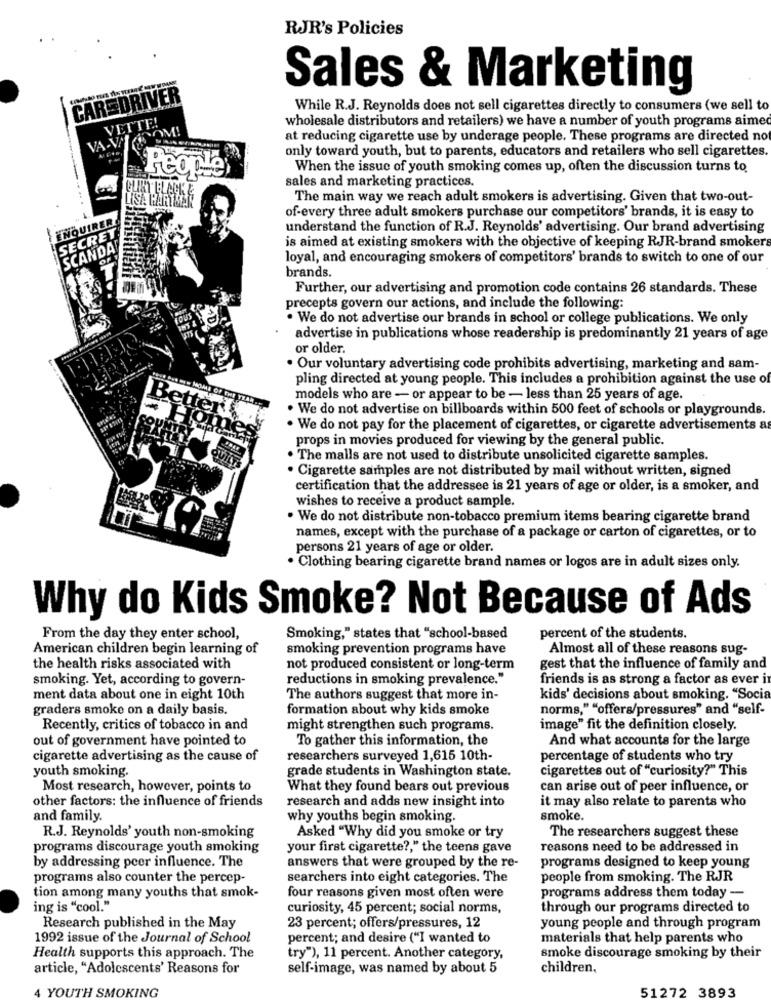
RJR's Policies
Sales & Marketing
CAREDRIVER
While R.J. Reynolds does not sell cigarettes directly to consumers (we sell to
VETTE!
wholesale distributors and retailers) we have a number of youth programs aime
VA-VI
WIASOM!
at reducing cigarette use by underage people. These programs are directed not
only toward youth, but to parents, educators and retailers who sell cigarettes.
People
-
When the issue of youth smoking comes up, often the discussion turns to
sales and marketing practices.
The main way we reach adult smokers is advertising. Given that two-out-
of-every three adult smokers purchase our competitors' brands, it is easy to
ENQUIRER
SECRET
understand the function of R.J. Reynolds' advertising. Our brand advertising
SCANDA
is aimed at existing smokers with the objective of keeping RJR-brand smokers
loyal, and encouraging smokers of competitors' brands to switch to one of our
brands.
Further, our advertising and promotion code contains 26 standards. These
precepts govern our actions, and include the following:
. We do not advertise our brands in school or college publications. We only
advertise in publications whose readership is predominantly 21 years of age
or older.
Our voluntary advertising code prohibits advertising, marketing and sam-
pling directed at young people. This includes a prohibition against the use of
models who are - or appear to be - less than 25 years of age.
. We do not advertise on billboards within 500 feet of schools or playgrounds.
. We do not pay for the placement of cigarettes, or cigarette advertisements a
props in movies produced for viewing by the general public.
The malls are not used to distribute unsolicited cigarette samples.
·Cigarette samples are not distributed by mail without written, signed
certification that the addressee is 21 years of age or older, is a smoker, and
wishes to receive a product sample.
· We do not distribute non-tobacco premium items bearing cigarette brand
names, except with the purchase of a package or carton of cigarettes, or to
persons 21 years of age or older.
· Clothing bearing cigarette brand names or logos are in adult sizes only.
Why do Kids Smoke? Not Because of Ads
From the day they enter school,
Smoking," states that "school-based
percent of the students.
American children begin learning of
smoking prevention programs have
Almost all of these reasons sug-
the health risks associated with
not produced consistent or long-term
gest that the influence of family and
smoking. Yet, according to govern-
reductions in smoking prevalence."
friends is as strong a factor as ever in
ment data about one in eight 10th
The authors suggest that more in-
kids' decisions about smoking. "Socia
graders smoke on a daily basis.
formation about why kids smoke
norms," "offers/pressures" and "self-
Recently, critics of tobacco in and
might strengthen such programs.
image" fit the definition closely.
out of government have pointed to
To gather this information, the
And what accounts for the large
cigarette advertising as the cause of
researchers surveyed 1,615 10th-
percentage of students who try
youth smoking.
grade students in Washington state.
cigarettes out of "curiosity?" This
Most research, however, points to
What they found bears out previous
can arise out of peer influence, or
other factors: the influence of friends
research and adds new insight into
it may also relate to parents who
and family.
why youths begin smoking.
smoke.
The researchers suggest these
R.J. Reynolds' youth non-smoking
Asked "Why did you smoke or try
programs discourage youth smoking
your first cigarette ?, " the teens gave
reasons need to be addressed in
by addressing peer influence. The
answers that were grouped by the re-
programs designed to keep young
programs also counter the percep-
searchers into eight categories. The
people from smoking. The RJR
tion among many youths that smok-
four reasons given most often were
programs address them today -
ing is "cool."
curiosity, 45 percent; social norms,
through our programs directed to
Research published in the May
23 percent; offers/pressures, 12
young people and through program
1992 issue of the Journal of School
percent; and desire ("I wanted to
materials that help parents who
Health supports this approach. The
try"), 11 percent. Another category,
smoke discourage smoking by their
article, "Adolescents' Reasons for
self-image, was named by about 5
children,
51272 3893
4 YOUTH SMOKING